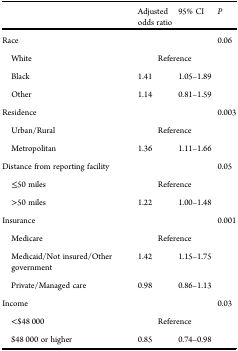
|  | Adjusted odds ratio | 95% CI | P |
 | --- | --- | --- | --- |
 | Race |  |  | 0.06 |
 | White | <COLSPAN=2> Reference |  |
 | Black | 1.41 | 1.05–1.89 |  |
 | Other | 1.14 | 0.81–1.59 |  |
 | Residence |  |  | 0.003 |
 | Urban/Rural | <COLSPAN=2> Reference |  |
 | Metropolitan | 1.36 | 1.11–1.66 |  |
 | Distance from reporting facility |  |  | 0.05 |
 | ≤50 miles | <COLSPAN=2> Reference |  |
 | >50 miles | 1.22 | 1.00–1.48 |  |
 | Insurance |  |  | 0.001 |
 | Medicare | <COLSPAN=2> Reference |  |
 | Medicaid/Not insured/Other government | 1.42 | 1.15–1.75 |  |
 | Private/Managed care | 0.98 | 0.86–1.13 |  |
 | Income |  |  | 0.03 |
 | <$48 000 | <COLSPAN=2> Reference |  |
 | $48 000 or higher | 0.85 | 0.74–0.98 |  |